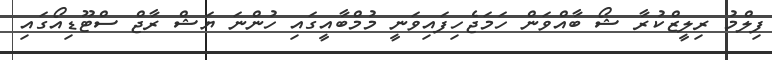
ފިލްމު ރިލީޒްކުރާ ޝޯ ބާއްވަން ހަމަޖެހިފައިވަނީ މުމްބާއީގައި ހުންނަ ޔަޝް ރާޖް ސްޓޫޑިއޯގައި